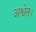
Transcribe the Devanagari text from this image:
अश्वेत।